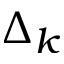
\Delta _ { k }